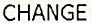
CHANGE